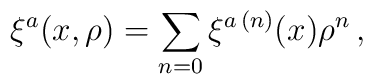
\xi^a(x,\rho) =\sum_{n=0} \xi^{a\,(n)}(x)\rho^n\,,